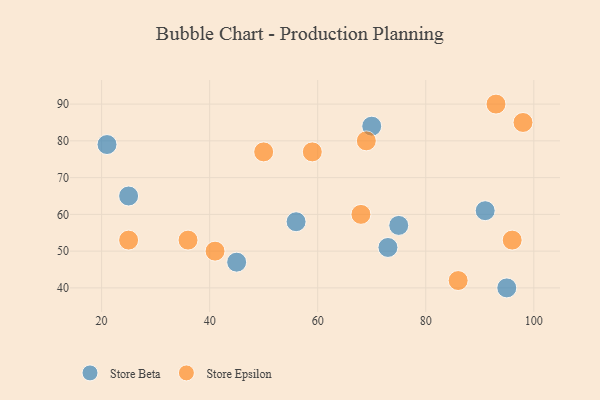
{"axis": {"x": "GDP", "y": "Life Expectancy"}, "legend": ["Store Beta", "Store Epsilon"], "data": [{"x": "70", "y": 84, "type": "Store Beta"}, {"x": "73", "y": 51, "type": "Store Beta"}, {"x": "56", "y": 58, "type": "Store Beta"}, {"x": "45", "y": 47, "type": "Store Beta"}, {"x": "21", "y": 79, "type": "Store Beta"}, {"x": "95", "y": 40, "type": "Store Beta"}, {"x": "25", "y": 65, "type": "Store Beta"}, {"x": "91", "y": 61, "type": "Store Beta"}, {"x": "75", "y": 57, "type": "Store Beta"}, {"x": "86", "y": 42, "type": "Store Epsilon"}, {"x": "36", "y": 53, "type": "Store Epsilon"}, {"x": "98", "y": 85, "type": "Store Epsilon"}, {"x": "93", "y": 90, "type": "Store Epsilon"}, {"x": "96", "y": 53, "type": "Store Epsilon"}, {"x": "68", "y": 60, "type": "Store Epsilon"}, {"x": "25", "y": 53, "type": "Store Epsilon"}, {"x": "41", "y": 50, "type": "Store Epsilon"}, {"x": "69", "y": 80, "type": "Store Epsilon"}, {"x": "59", "y": 77, "type": "Store Epsilon"}, {"x": "50", "y": 77, "type": "Store Epsilon"}]}